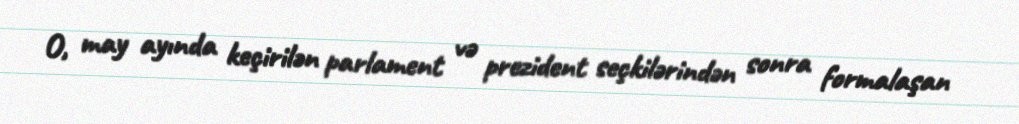
O, may ayında keçirilən parlament və prezident seçkilərindən sonra formalaşan